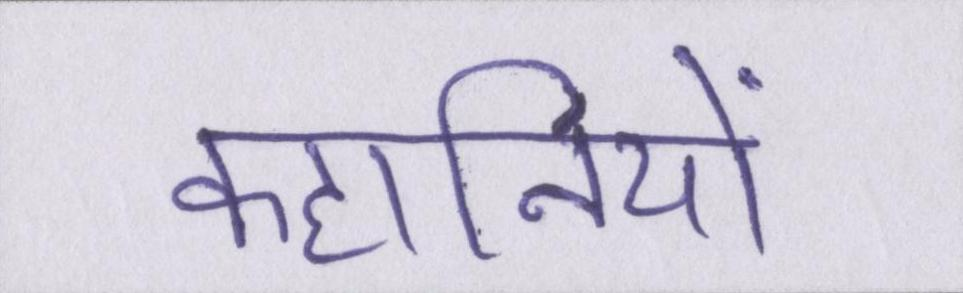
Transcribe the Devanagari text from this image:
कहानियों